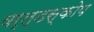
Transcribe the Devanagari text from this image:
वर्ल्डस्कोप